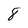
Character: 8